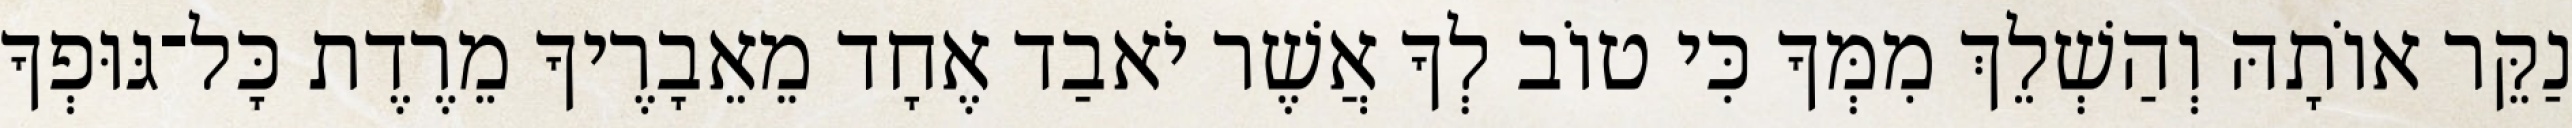
נַקֵּר אוֹתָהּ וְהַשְׁלֵךְ מִמְּךָ כִּי טוֹב לְךָ אֲשֶׁר יֹאבַד אֶחָד מֵאֵבָרֶיךָ מֵרֶדֶת כָּל־גּוּפְךָ